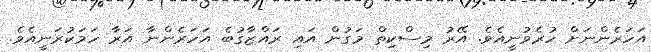
އަހަރެންނަށް ހުރެވުނީއެވެ. އޭރު މިސްކިތް މަގުން އައި ރައްޒާގުބެ އަހަރެންނާ އަރާ ހަމަކުރަނީއެވެ.